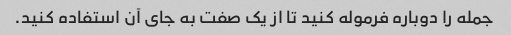
جمله را دوباره فرموله کنید تا از یک صفت به جای آن استفاده کنید.